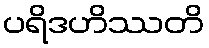
ပရိဒဟိဿတိ